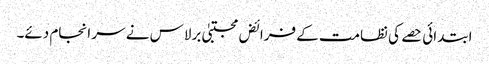
ابتدائی حصے کی نظامت کے فرائض مجتبیٰ برلاس نے سر انجام دئے۔